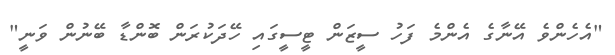
"އެހެންވެ އޭނާގެ އެންމެ ފަހު ސީޒަން ޓީސީގައި ހޭދަކުރަން ބޮންޑާ ބޭނުން ވަނީ"